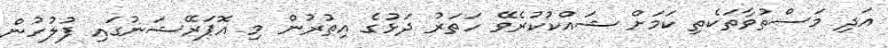
އަދި މަސްތުވާތަކެތި ކަމަށް ޝައްކުކުރެވޭ ހަތަރު ދަޅުގެ އިތުރުން މި އޮޕަރޭޝަނުގައި ފުލުހުން